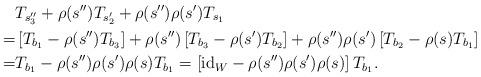
LaTeX: \begin{align*}&T_{s_{3}''}+\rho(s'')T_{s_{2}'}+\rho(s'')\rho(s')T_{s_{1}}\\=&\left[T_{b_{1}}-\rho(s'')T_{b_{3}}\right]+\rho(s'')\left[T_{b_{3}}-\rho(s')T_{b_{2}}\right]+\rho(s'')\rho(s')\left[T_{b_{2}}-\rho(s)T_{b_{1}}\right]\\=&T_{b_{1}}-\rho(s'')\rho(s')\rho(s)T_{b_{1}}=\left[\mathrm{id}_{W}-\rho(s'')\rho(s')\rho(s)\right]T_{b_{1}}.\end{align*}